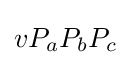
vP_{a}P_{b}P_{c}